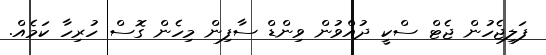
ފަލިޖެހުން ޖެޓް ސްކީ ދުއްވުން ވިންޑް ސާފިން މިހެން ގޮސް ހުރިހާ ކަމެއް.